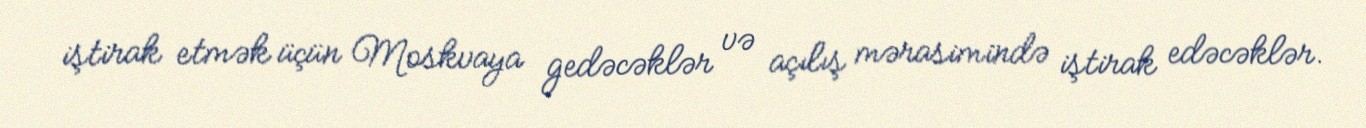
iştirak etmək üçün Moskvaya gedəcəklər və açılış mərasimində iştirak edəcəklər.